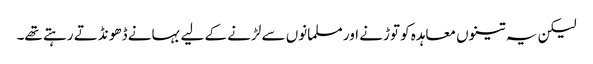
لیکن یہ تینوں معاہدہ کو توڑنے اور مسلمانوں سے لڑنے کے لیے بہانے ڈھو نڈتے رہتے تھے۔